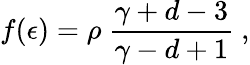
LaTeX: f(\epsilon)=\rho~{\frac{\gamma+d-3}{\gamma-d+1}}~,